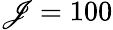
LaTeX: \mathscr{J}=100